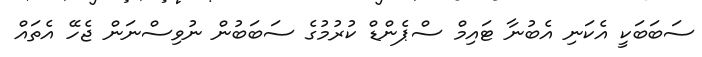
ސަބަބަކީ އެކަނި އެބުނާ ޓައިމް ސްޕެންޑް ކުރުމުގެ ސަބަބުން ނުވިސްނަން ޖެހޭ އެތައް